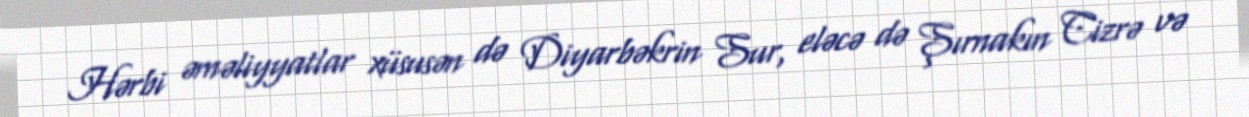
Hərbi əməliyyatlar xüsusən də Diyarbəkrin Sur, eləcə də Şırnakın Cizrə və